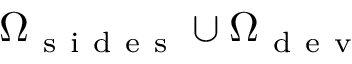
\Omega _ { \mathrm { ~ s ~ i ~ d ~ e ~ s ~ } } \cup \Omega _ { \mathrm { ~ d ~ e ~ v ~ } }